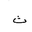
Letter: _tha